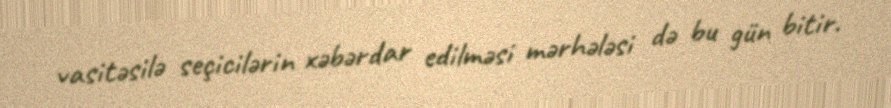
vasitəsilə seçicilərin xəbərdar edilməsi mərhələsi də bu gün bitir.